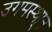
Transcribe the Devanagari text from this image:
उगमस्था्न